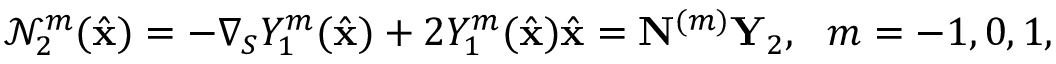
\mathcal { N } _ { 2 } ^ { m } ( \hat { \mathbf { x } } ) = - \nabla _ { S } Y _ { 1 } ^ { m } ( \hat { \mathbf { x } } ) + 2 Y _ { 1 } ^ { m } ( \hat { \mathbf { x } } ) \hat { \mathbf { x } } = \mathbf N ^ { ( m ) } \mathbf Y _ { 2 } , ~ ~ m = - 1 , 0 , 1 ,